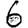
Digit: 6